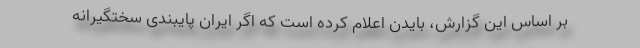
بر اساس این گزارش، بایدن اعلام کرده است که اگر ایران پایبندی سختگیرانه